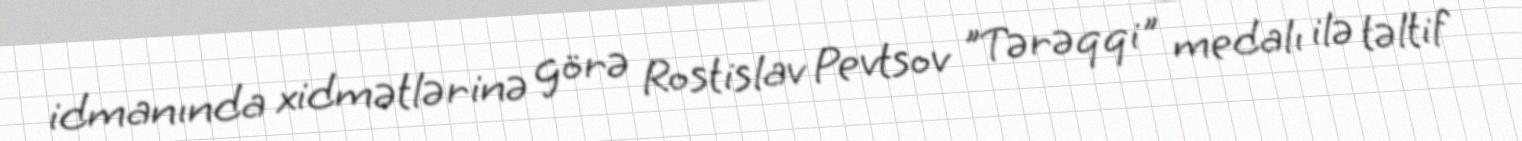
idmanında xidmətlərinə görə Rostislav Pevtsov "Tərəqqi" medalı ilə təltif